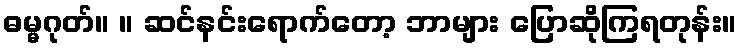
ဓမ္မဂုတ်။ ။ ဆင်နင်းရောက်တော့ ဘာများ ပြောဆိုကြရတုန်း။